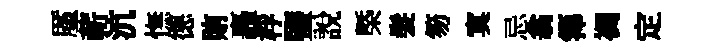
厪蔪沆憮德賄轟桴鹽説槩髮笏寞忌翕籜裯定